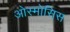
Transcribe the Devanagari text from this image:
ओस्मोसिस